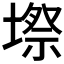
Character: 𭏥